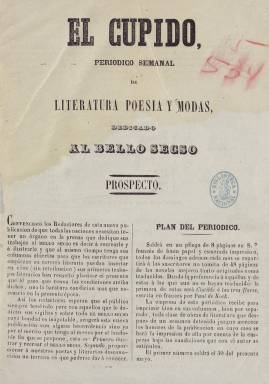
Título: El Cupido (Madrid. 1848)
Colección: Revistas femeninas || Moda
Ámbito geográfico: Madrid
Lugar de publicación: Madrid
Fechas: 01/05/1848-18/06/1848

Con el subtítulo periódico semanal de literatura, poesía y modas dedicado al bello secso, esta publicación de vida efímera iba dirigida a la mujeres a fin de recrearlas e ilustrarlas, como decía con tono paternal  en su prospecto. Curioso es el empleo de la grafía secso en lugar de sexo, lo que era norma ortográfica corriente en la época.

    El periódico, de ocho páginas, animaba a colaborar. A los hombres se les informaba de que se les recompensaba si era elegida su composición poética con la publicación de la misma, pero sin retribución. Las colaboraciones de las “señoritas” tenían como recompensa la suscripción por un mes. En esos años ya era conocida la poesía de escritoras como Carolina Coronado y Gertrudis Gómez de Avellaneda.

   En su primer número de 30 de mayo de 1848, el semanario incluía un artículo sobre el amor que refleja bien el espíritu romántico en el que vivía inmersa  la sociedad  española :  “Qué es el amor? una dulce pasión que arrebata en loco frenesí, que ciega el entendimiento, que priva de su facultad a los sentidos, que conmueve al más duro corazón, que roba la paz al alma, que ennoblece al criminal, justifica al delincuente y una pasión que en fin no es pasión, sino locura, sueño, ilusión…”.

    Solo unos años antes Zorrilla había estrenado su Don Juan Tenorio y aunque el Romanticismo en Europa empezaba a declinar, en España se mantenía vigoroso y aún no habían aparecido las grandes obras de Bécquer y Rosalía de Castro.

   En números posteriores, aparecieron artículos analizando el coquetismo (la mujer coqueta) y los celos, aunque la mayor parte de la publicación estaba dedicada a la poesía  y a pequeñas narraciones cuyo argumento giraba en torno a  las relaciones sentimentales.

    El periódico desapareció con el número del 18 de junio de 1848, por lo que exceptuando el prospecto solo salieron cuatro números, aunque tuvo una nueva y aún más efímera reaparición al mes siguiente con el título de El Cupido y La Luna.

[Descripción publicada el 15/03/2019]